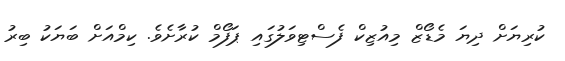
ކުރިޔަށް ދިޔަ މެޑޯޒް މިއުޒިކް ފެސްޓިވަލުގައި ޕަފޯމް ކުރާށެވެ. ކިމްއަށް ބަޔަކު ބިރު